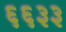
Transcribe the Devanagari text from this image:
६६३३